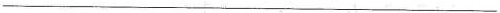
___